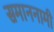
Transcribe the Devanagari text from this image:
समाननामी